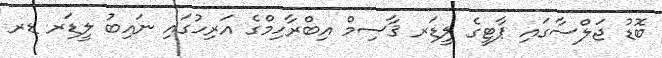
ބޮޑު ޖަލްސާގައި ޕާޓީގެ ލީޑަރ ޤާސިމް އިބްރާހިމްގެ އަރިހުގައި ނައިބު ލީޑަރ ޑރ